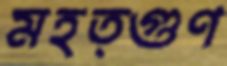
মহত্গুণ